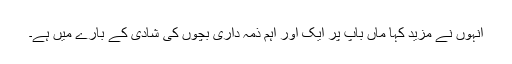
انہوں نے مزید کہا ماں باپ پر ایک اور اہم ذمہ داری بچوں کی شادی کے بارے میں ہے۔